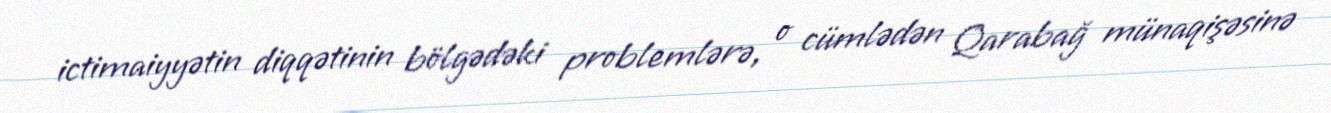
ictimaiyyətin diqqətinin bölgədəki problemlərə, o cümlədən Qarabağ münaqişəsinə